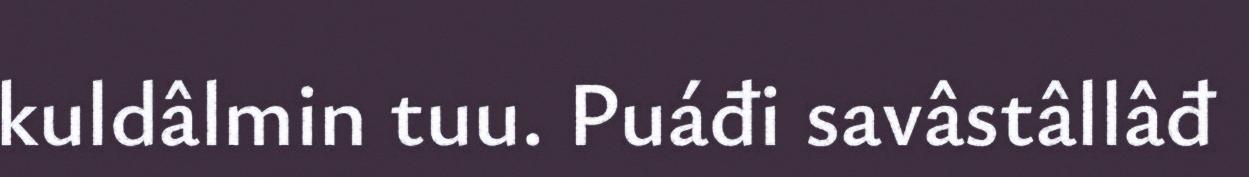
kuldâlmin tuu. Puáđi savâstâllâđ